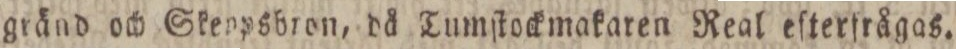
gränd och Skenpsbron, då Tumſtockmakaren Real eſterfrågas.